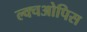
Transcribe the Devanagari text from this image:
ल्क्चओपिस